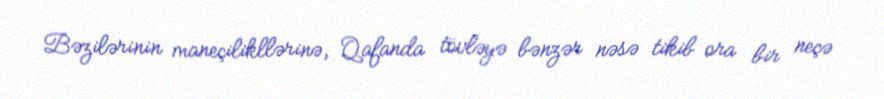
Bəzilərinin maneçilikllərinə, Qafanda tövləyə bənzər nəsə tikib ora bir neçə